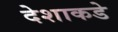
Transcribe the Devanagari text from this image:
देशाकडे